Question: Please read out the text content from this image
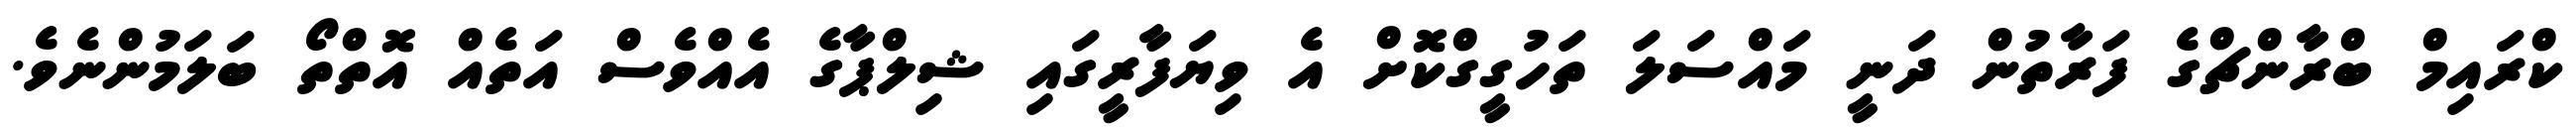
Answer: ކްރައިމް ބްރާންޗްގެ ފަރާތުން ދަނީ މައްސަލަ ތަހުގީގްކޮށް އެ ވިޔަފާރީގައި ޝިލްޕާގެ އެއްވެސް އަތެއް އޮތްތޯ ބަލަމުންނެވެ.